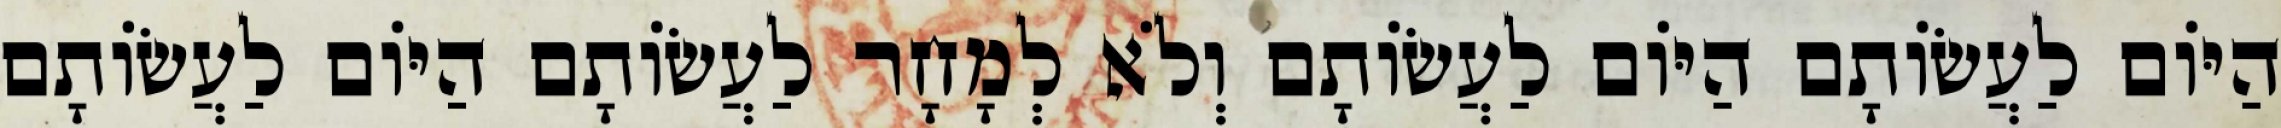
הַיּוֹם לַעֲשׂוֹתָם הַיּוֹם לַעֲשׂוֹתָם וְלֹא לְמָחָר לַעֲשׂוֹתָם הַיּוֹם לַעֲשׂוֹתָם